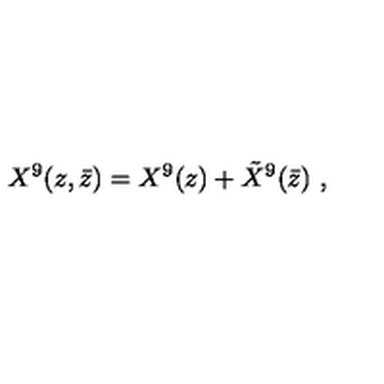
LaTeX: X ^ { 9 } ( z , \bar { z } ) = X ^ { 9 } ( z ) + { \tilde { X } } ^ { 9 } ( \bar { z } ) \ ,